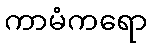
ကာမံကရော